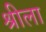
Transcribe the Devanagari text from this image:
श्रीला